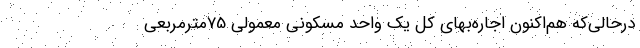
درحالی‌که هم‌‌اکنون اجاره‌‌بهای کل یک واحد مسکونی معمولی 75مترمربعی